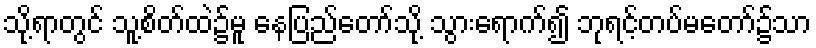
သို့ရာတွင် သူ့စိတ်ထဲ၌မူ နေပြည်တော်သို့ သွားရောက်၍ ဘုရင့်တပ်မတော်၌သာ